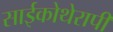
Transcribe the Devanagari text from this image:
साईकोथेरापी